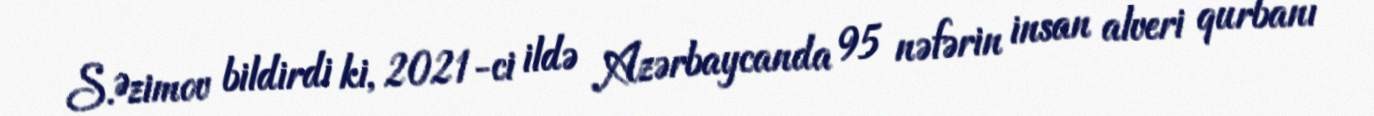
S.Əzimov bildirdi ki, 2021-ci ildə Azərbaycanda 95 nəfərin insan alveri qurbanı